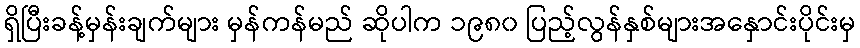
ရှိပြီးခန့်မှန်းချက်များ မှန်ကန်မည် ဆိုပါက ၁၉၈၀ ပြည့်လွန်နှစ်များအနှောင်းပိုင်းမှ